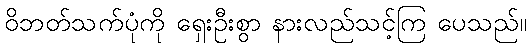
ဝိဘတ်သက်ပုံကို ရှေးဦးစွာ နားလည်သင့်ကြ ပေသည်။